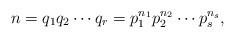
LaTeX: \begin{align*}n=q_1q_2\cdots q_r=p_1^{n_1}p_2^{n_2}\cdots p_s^{n_s}, \end{align*}